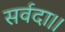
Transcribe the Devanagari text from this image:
सर्वदा।।